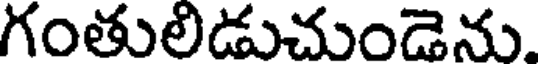
గంతులిడుచుండెను.